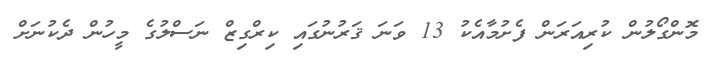
މޮންގޯލުން ކުރިއަރަން ފެށުމާއެކު 13 ވަނަ ޤަރުނުގައި ކިރްގިޒް ނަސްލުގެ މީހުން ދެކުނަށް